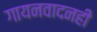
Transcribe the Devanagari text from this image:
गायनवादनही